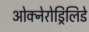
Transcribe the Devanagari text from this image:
ओक्नेरोड्रिलिडे